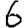
Digit: 6